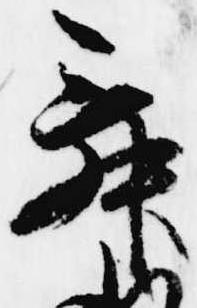
舞